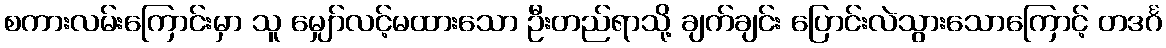
စကားလမ်းကြောင်းမှာ သူ မျှော်လင့်မထားသော ဦးတည်ရာသို့ ချက်ချင်း ပြောင်းလဲသွားသောကြောင့် တဒင်္ဂ